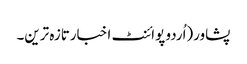
پشاور(اُردو پوائنٹ اخبارتازہ ترین۔